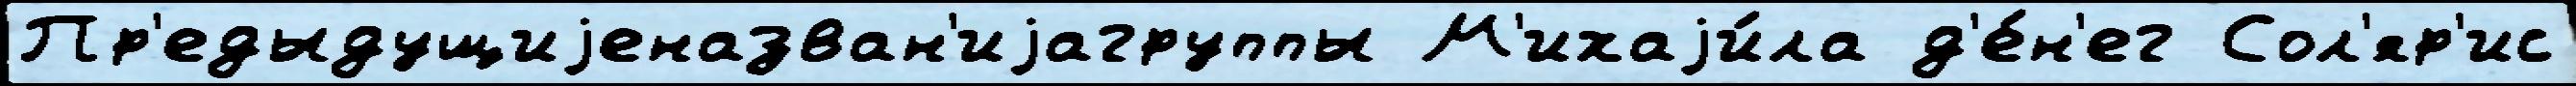
Пр'едыдущиjеназван'иjагруппы М'ихаjи́ла д'е́н'ег Сол'яр'ис